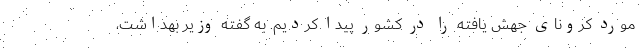
مورد کرونای جهش یافته را در کشور پیدا کردیم. به گفته وزیر بهداشت،